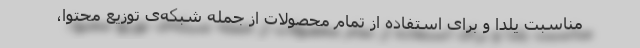
مناسبت یلدا و برای استفاده از تمام محصولات از جمله شبکه‌ی توزیع محتوا،